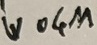
Text: W04M